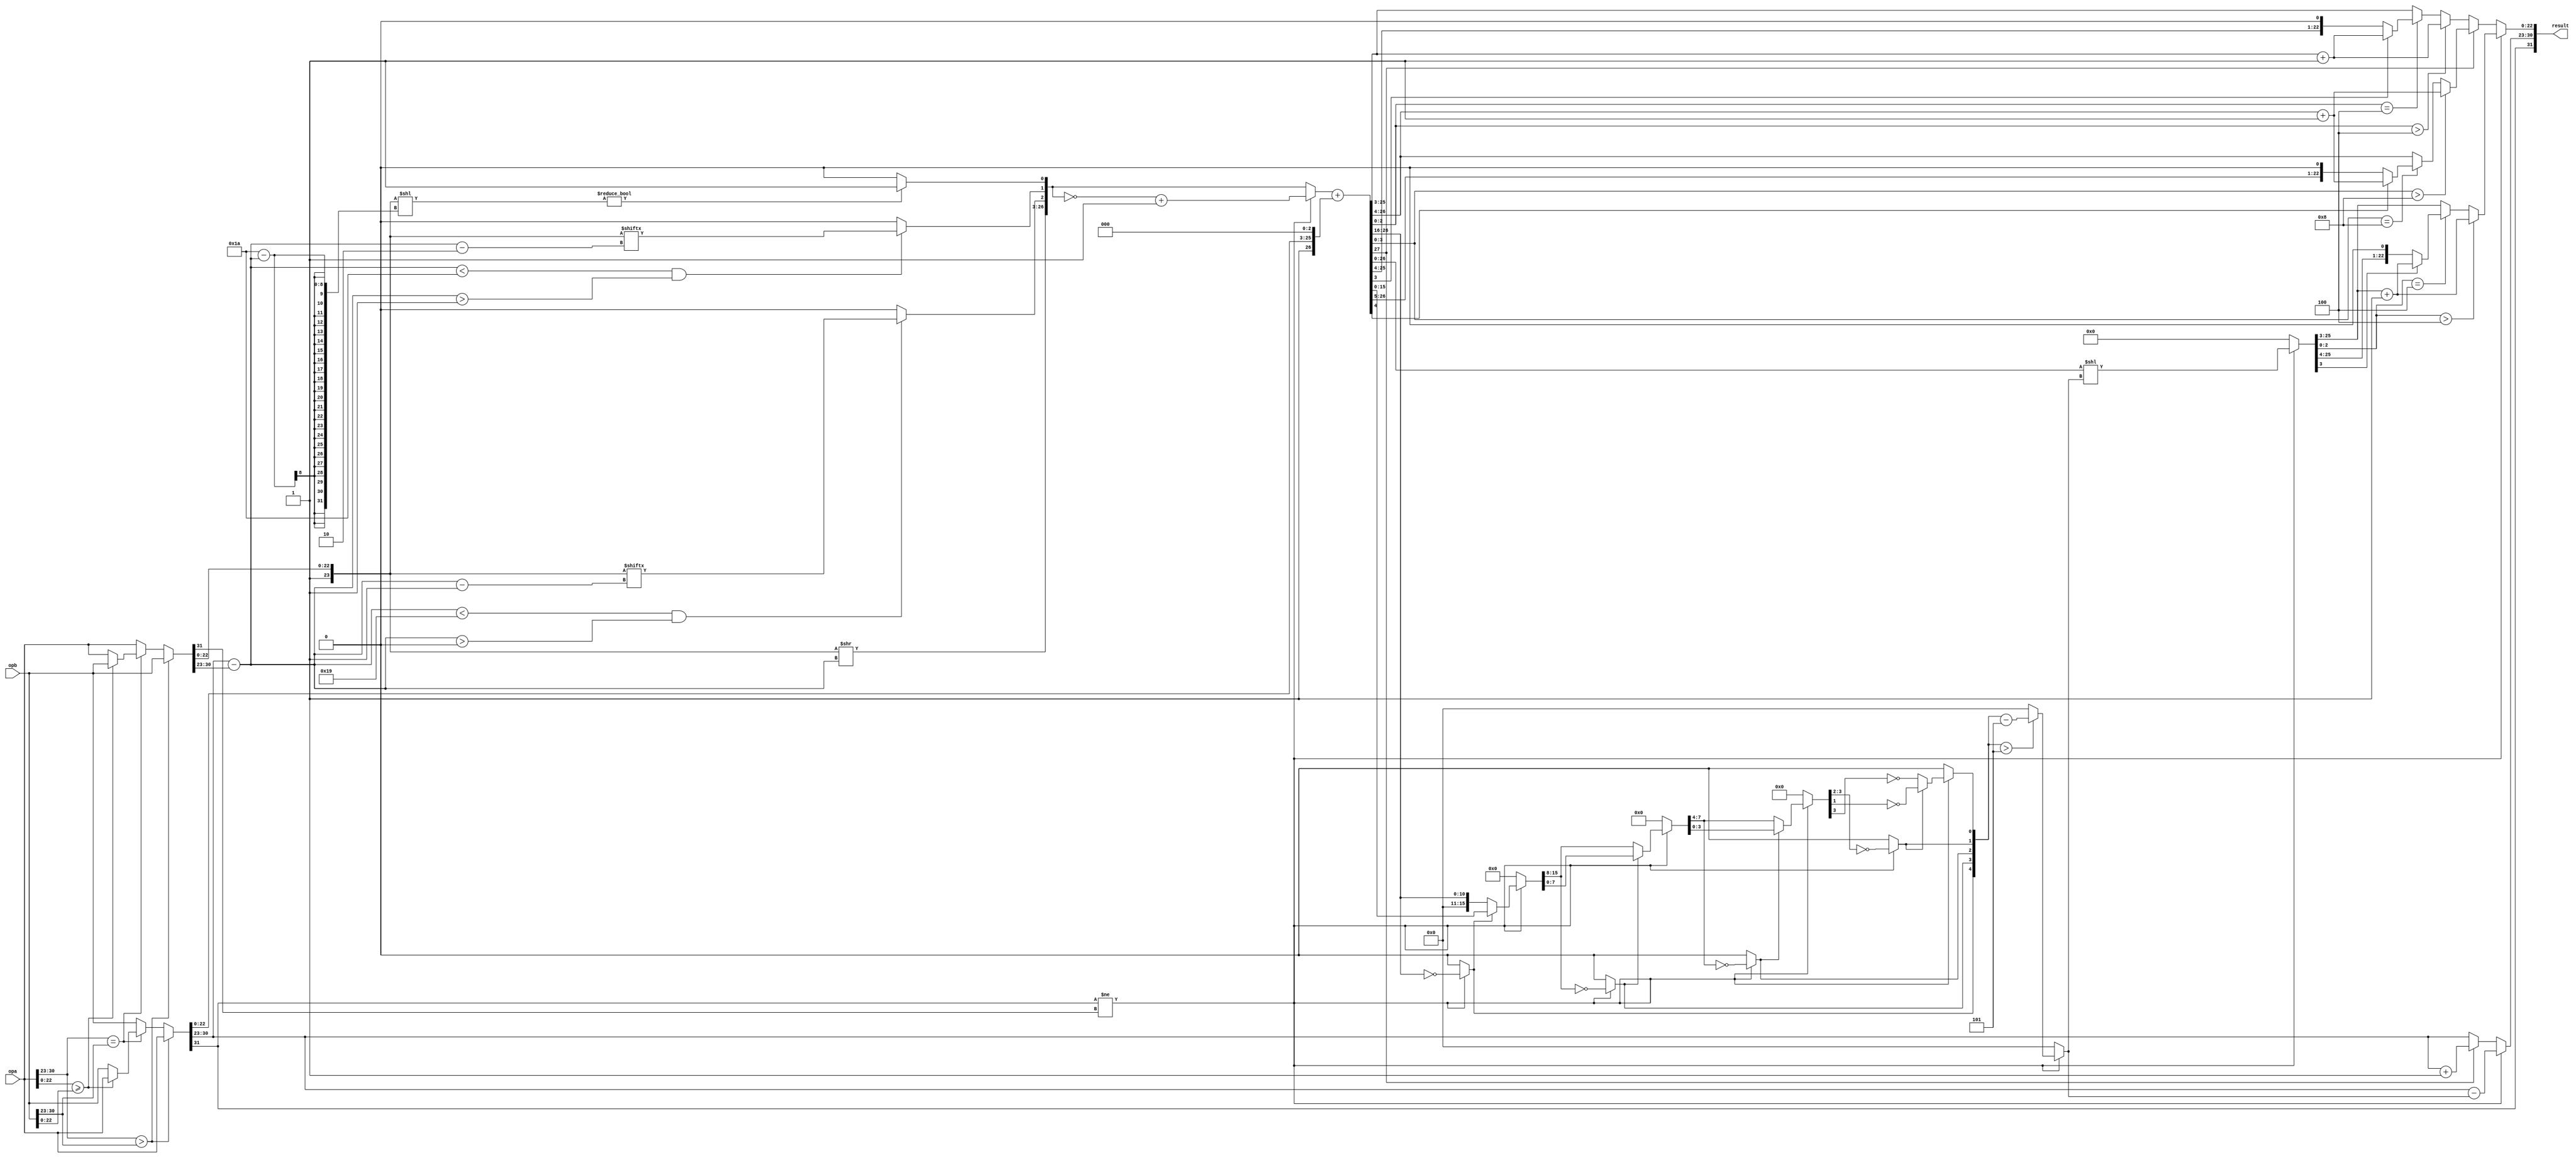
//32-bit IEEE-754 compliant floating-point adder.
//Written by Yavuz Selim Tozlu

`timescale 1ns/10ps

module fpa(opa, opb, result);

input [31:0] opa, opb;
output reg [31:0] result;

reg [31:0] large_op;
reg [31:0] small_op;

wire large_sign, small_sign;
wire [7:0] large_exp;
wire [7:0] small_exp;
wire [22:0] large_mantis;
wire [22:0] small_mantis;

wire [23:0] norm_large_mantis;
wire [23:0] norm_small_mantis;
wire [23:0] shifted_mantis;
wire [26:0] guarded_mantis;
wire [26:0] signed_mantis;
wire [27:0] mantis_sum; 
reg  [26:0] aligned_sum;

wire [7:0] exp_dif;
wire guard, round, sticky;


assign {large_sign, large_exp, large_mantis} = large_op;
assign {small_sign, small_exp, small_mantis} = small_op;

assign norm_large_mantis = {1'b1,large_mantis};
assign norm_small_mantis = {1'b1,small_mantis};

assign exp_dif = large_exp - small_exp;

assign shifted_mantis = norm_small_mantis >> exp_dif;

assign guard = (exp_dif < 25 && exp_dif > 0) ? norm_small_mantis[exp_dif - 5'b1] : 1'b0 ;
assign round = (exp_dif < 26 && exp_dif > 1) ? norm_small_mantis[exp_dif - 5'b10] : 1'b0;
assign sticky = (norm_small_mantis << (26 - exp_dif)) ? 1'b1 : 1'b0;
assign guarded_mantis = {shifted_mantis, guard, round, sticky};

assign signed_mantis = (large_sign != small_sign) ? (~(guarded_mantis) + 27'b1) : guarded_mantis;

assign mantis_sum = signed_mantis + {norm_large_mantis,3'b0};

reg [4:0] leading;
reg [15:0] val16;
reg [7:0] val8;
reg [3:0] val4;
reg [4:0] actual_leading;

always @(*)
begin
	if(large_sign != small_sign)
	begin
		leading[4] <= ({5'b0,mantis_sum[26:16]} == 16'b0);
		val16 <= leading[4] ? mantis_sum[15:0] : {5'b0,mantis_sum[26:16]};
		leading[3] <= (val16[15:8] == 8'b0);
		val8 <= leading[3] ? val16[7:0] : val16[15:8];
		leading[2] <= (val8[7:4] == 4'b0);
		val4 <= leading[2] ? val8[3:0] : val8[7:4];
		leading[1] <= val4[3:2] == 2'b0;
		leading[0] <= leading[1] ? ~val4[1] : ~val4[3];
		actual_leading <= (leading > 5'b101) ? leading - 5'b101 : 5'b0;
		
		aligned_sum <= mantis_sum[26:0] << actual_leading;
		
		
		if(aligned_sum[2:0] > 3'b100)
			result[22:0] <= aligned_sum[25:3] + 23'b1;
			
		else if(aligned_sum[2:0] == 3'b100)
			result[22:0] <= aligned_sum[3] ? aligned_sum[25:3] + 23'b1 : aligned_sum[25:3];
		else
			result[22:0] <= aligned_sum[25:3];
		
		result[30:23] <= large_exp - actual_leading;
	end
	
	else
	begin
		if(mantis_sum[27])
		begin
			if(mantis_sum[3:0] > 4'b1000)
				result[22:0] <= mantis_sum[26:4] + 23'b1;
				
			else if(mantis_sum[3:0] == 4'b1000)
				result[22:0] <= mantis_sum[4] ? mantis_sum[26:4] + 23'b1 : mantis_sum[26:4];
			else
				result[22:0] <= mantis_sum[26:4];
				
			result[30:23] <= large_exp + 8'b1;
		end
		else
		begin
			if(mantis_sum[2:0] > 3'b100)
				result[22:0] <= mantis_sum[25:3] + 23'b1;
			else if(mantis_sum[2:0] == 3'b100)
				result[22:0] <= mantis_sum[3] ? mantis_sum[25:3] + 23'b1 : mantis_sum[25:3];
			else
				result[22:0] <= mantis_sum[25:3];
				
			result[30:23] <= large_exp;
		end
		aligned_sum <= 27'b0;
		leading <= 5'b0;
		actual_leading <= 5'b0;
		val16 <= 16'b0;
		val8 <= 8'b0;
		val4 <= 4'b0;
	end
	
	result[31] <= large_sign;
end


always @(*) 
begin
	if(opa[30:23] > opb[30:23])
	begin
		large_op <= opa;
		small_op <= opb;
	end
	
	else if(opa[30:23] == opb[30:23])
	begin
		if(opa[22:0] >= opb[22:0])
		begin
			large_op <= opa;
			small_op <= opb;
		end
		else
		begin
			large_op <= opb;
			small_op <= opa;		
		end
	end
	else
	begin
		large_op <= opb;
		small_op <= opa;
	end
end
endmodule